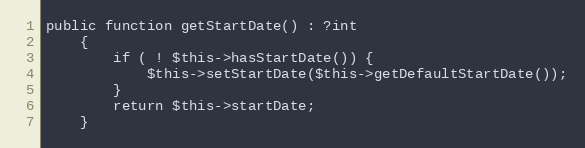
Language: PHP
public function getStartDate() : ?int
    {
        if ( ! $this->hasStartDate()) {
            $this->setStartDate($this->getDefaultStartDate());
        }
        return $this->startDate;
    }